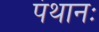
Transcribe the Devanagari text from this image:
पंथानः